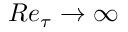
R e _ { \tau } \rightarrow \infty